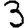
Digit: 3